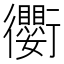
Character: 𫋱